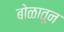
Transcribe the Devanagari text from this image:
बोळातून